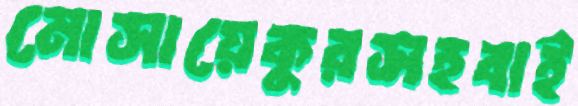
মোসায়েকুরসহবাই